Leaving Certificate Examination, 1914
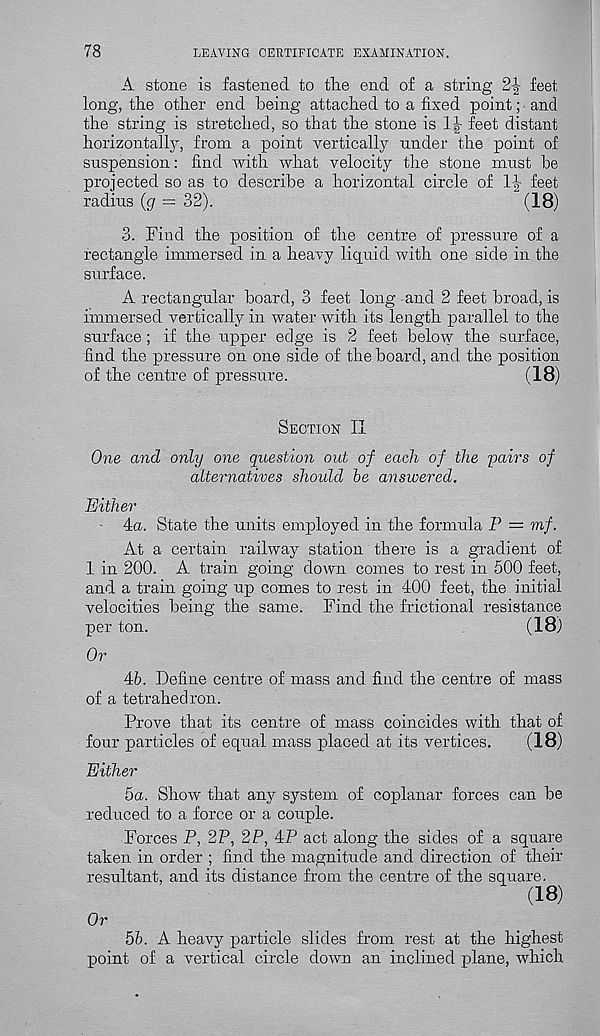
78
LEAVING CERTIFICATE EXAMINATION.
A stone is fastened to tlie end of a string
feet
long, the other end being attached to a fixed point; • and
the string is stretched, so that the stone is 1J- feet distant
horizontally, from a point vertically under the point of
suspension: find with what velocity the stone must be
projected so as to describe a horizontal circle of 1|- feet
radius {g = 32).
(18)
3. Find the position of the centre of pressure of a
rectangle immersed in a heavy liquid with one side in the
surface.
A rectangular board, 3 feet long and 2 feet broad, is
immersed vertically in water with its length parallel to the
surface; if the upper edge is 2 feet below the surface,
find the pressure on one side of the board, and the position
of the centre of pressure.
(18)
Section II
One and only one question out of each of the pairs of
alternatives should be answered.
Either
4a. State the units employed in the formula P = mf.
At a certain railway station there is a gradient of
1 in 200. A train going down comes to rest in 500 feet,
and a train going up comes to rest in 400 feet, the initial
velocities being the same. Find the frictional resistance
per ton.
(18)
Or
46. Define centre of mass and find the centre of mass
of a tetrahedron.
Prove that its centre of mass coincides with that of
four particles of equal mass placed at its vertices.
(18)
Either
5a. Show that any system of coplanar forces can be
reduced to a force or a couple.
Forces P, 2P, 2P, 4P act along the sides of a square
taken in order ; find the magnitude and direction of their
resultant, and its distance from the centre of the square.
(18)
Or
56. A heavy particle slides from rest at the highest
point of a vertical circle down an inclined plane, which